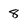
Character: 8